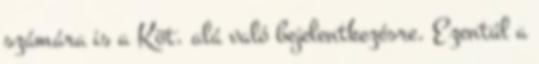
számára is a Köt. alá való bejelentkezésre. Ezentúl a